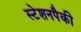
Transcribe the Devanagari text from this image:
स्टेशनपैकी